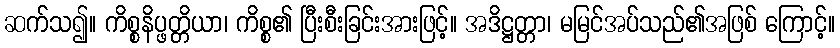
ဆက်သ၍။ ကိစ္စနိပ္ဖတ္တိယာ၊ ကိစ္စ၏ ပြီးစီးခြင်းအားဖြင့်။ အဒိဋ္ဌတ္တာ၊ မမြင်အပ်သည်၏အဖြစ် ကြောင့်။